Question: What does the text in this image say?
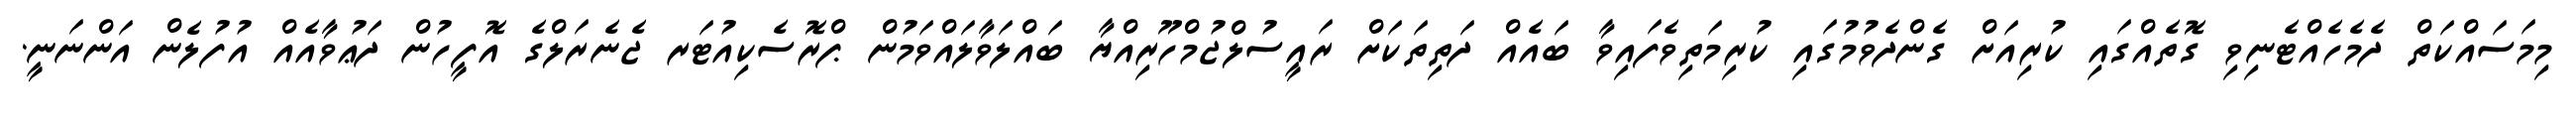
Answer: މިމަސައްކަތް ދެމެހެއްޓެނިވި ގޮތެއްގައި ކުރިއަށް ގެންދެވުމުގައި ކުރިމަތިވެފައިވާ ބައެއް ދަތިތަކަށް ރައީސުލްޖުމްހޫރިއްޔާ ބައްލަވާލައްވަމުން ޕްރޮސެކިއުޓަރ ޖެނެރަލްގެ އޮފީހުން ދަޢުވާއެއް އުފުލެން އަންނަނީ.